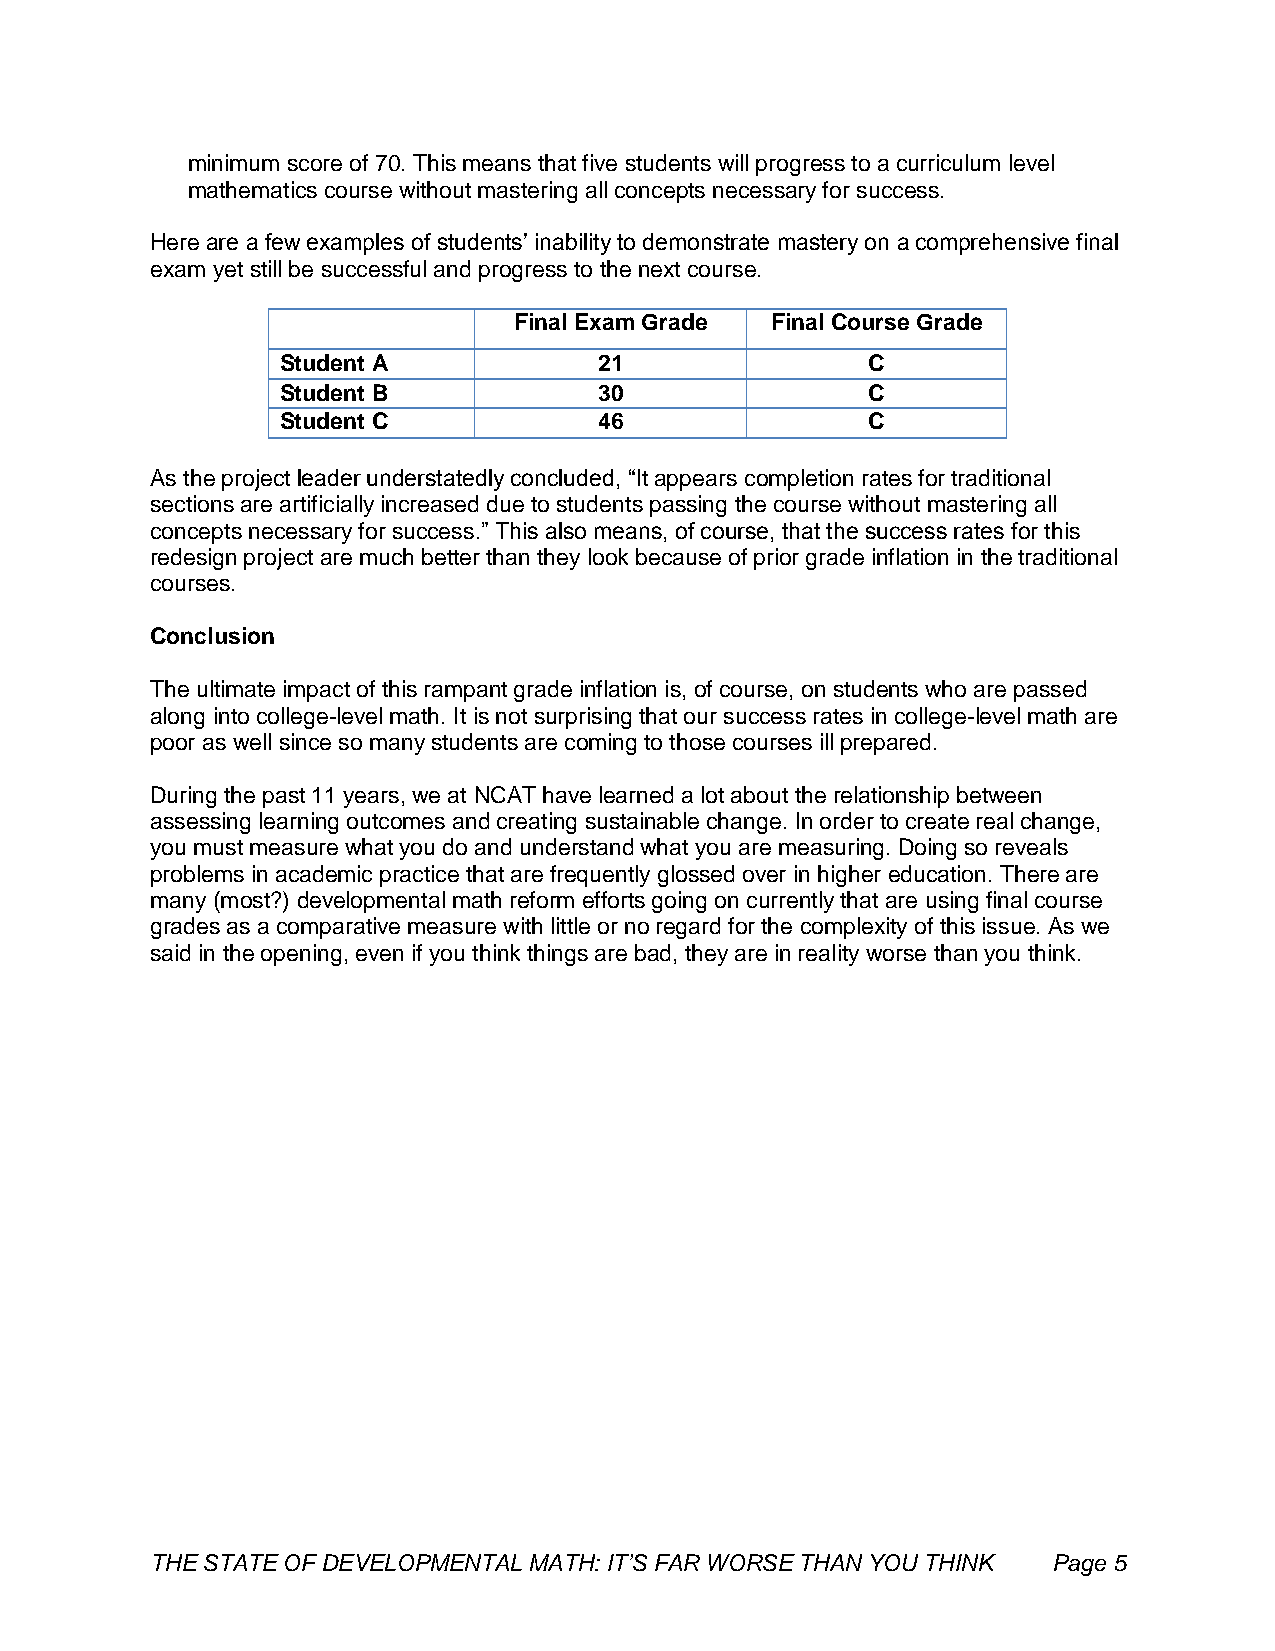
minimum score of 70. This means that five students will progress to a curriculum level
 mathematics course without mastering all concepts necessary for success.
 Here are a few examples of students’ inability to demonstrate mastery on a comprehensive final
 exam yet still be successful and progress to the next course.
 Final Exam Grade Final Course Grade
 Student A            21               C
 Student B            30               C
 Student C            46               C
 As the project leader understatedly concluded, “It appears completion rates for traditional
 sections are artificially increased due to students passing the course without mastering all
 concepts necessary for success.” This also means, of course, that the success rates for this
 redesign project are much better than they look because of prior grade inflation in the traditional
 courses.
 Conclusion
 The ultimate impact of this rampant grade inflation is, of course, on students who are passed
 along into college-level math. It is not surprising that our success rates in college-level math are
 poor as well since so many students are coming to those courses ill prepared.
 During the past 11 years, we at NCAT have learned a lot about the relationship between
 assessing learning outcomes and creating sustainable change. In order to create real change,
 you must measure what you do and understand what you are measuring. Doing so reveals
 problems in academic practice that are frequently glossed over in higher education. There are
 many (most?) developmental math reform efforts going on currently that are using final course
 grades as a comparative measure with little or no regard for the complexity of this issue. As we
 said in the opening, even if you think things are bad, they are in reality worse than you think.
 THE STATE OF DEVELOPMENTAL MATH: IT’S FAR WORSE THAN YOU THINK Page 5